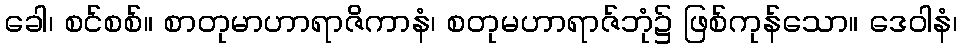
ခေါ၊ စင်စစ်။ စာတုမာဟာရာဇိကာနံ၊ စတုမဟာရာဇ်ဘုံ၌ ဖြစ်ကုန်သော။ ဒေဝါနံ၊